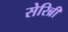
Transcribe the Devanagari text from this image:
सेरिब्री